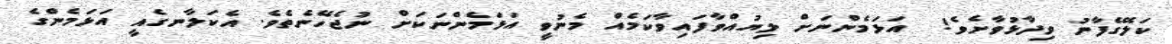
ކަލޭގެފާނު ވިދާޅުވާށެވެ!  އަޅަމެންނަށް ލިޔުއްވާފައިވާކަމެއް މެނުވީ އަޅަމެންނަކަށް ނުޖެހޭނެތެވެ. އެކަލާނގެއީ އަޅަމެންގެ